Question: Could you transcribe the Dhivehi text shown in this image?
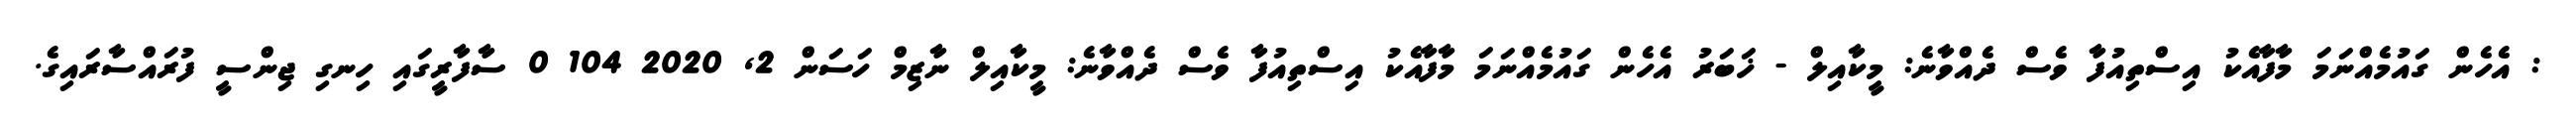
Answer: : އެހެން ގައުމެއްނަމަ މާފާއެކު އިސްތިއުފާ ވެސް ދެއްވާނެ: މީކާއިލް - ޚަބަރު އެހެން ގައުމެއްނަމަ މާފާއެކު އިސްތިއުފާ ވެސް ދެއްވާނެ: މީކާއިލް ނާޒިމް ހަސަން 2, 2020 104 0 ސާފާރީގައި ހިނގި ޖިންސީ ފުރައްސާރައިގެ.